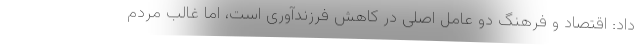
داد: اقتصاد و فرهنگ دو عامل اصلی در کاهش فرزندآوری است، اما غالب مردم